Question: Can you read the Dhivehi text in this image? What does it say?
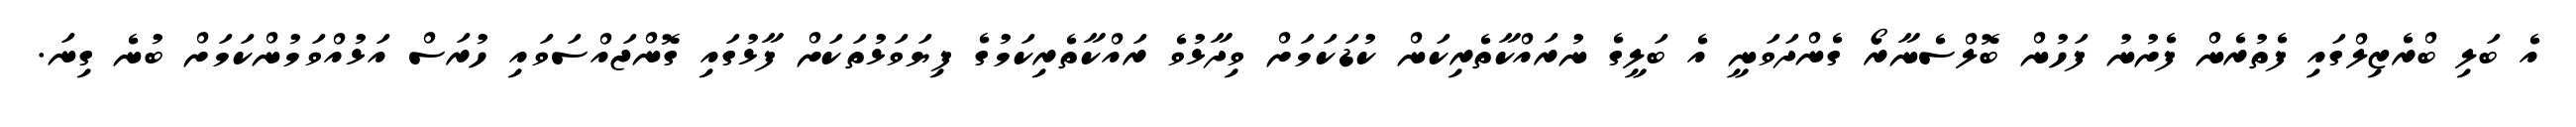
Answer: އެ ބަލި ބްރެޒިލްގައި ފެތުރެން ފެށުނު ފަހުން ބޮލްސެނާރޯ ގެންދަވަނީ އެ ބަލީގެ ނުރައްކާތެރިކަން ކުޑަކަމަށް ވިދާޅުވެ ރައްކާތެރިކަމުގެ ފިޔަވަޅުތަކަށް ފާޅުގައި ގޮންޖައްސަވައި ހުރަސް އަޅުއްވަމުންކަމަށް ބުނެ ގިނަ.